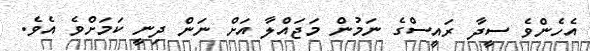
އެހެންވެ ސީދާ ރައީސްގެ ނަމުން މަޖައްލާ އަށް ނަން ދިނީ ކަމަށްވެ އެވެ.